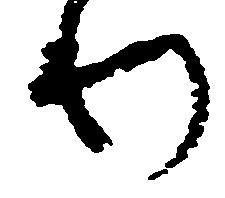
わ